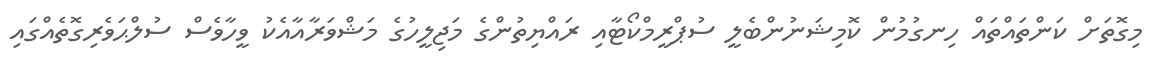
މިގޮތަށް ކަންތައްތައް ހިނގުމުން ކޮމިޝަނުންބެލީ ސުޕްރީމްކޯޓާއި ރައްޔިތުންގެ މަޖިލީހުގެ މަޝްވަރާއާއެކު ވީހާވެސް ސުލްޙަވެރިގޮތެއްގައި